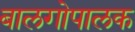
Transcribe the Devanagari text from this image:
बालगोपालक